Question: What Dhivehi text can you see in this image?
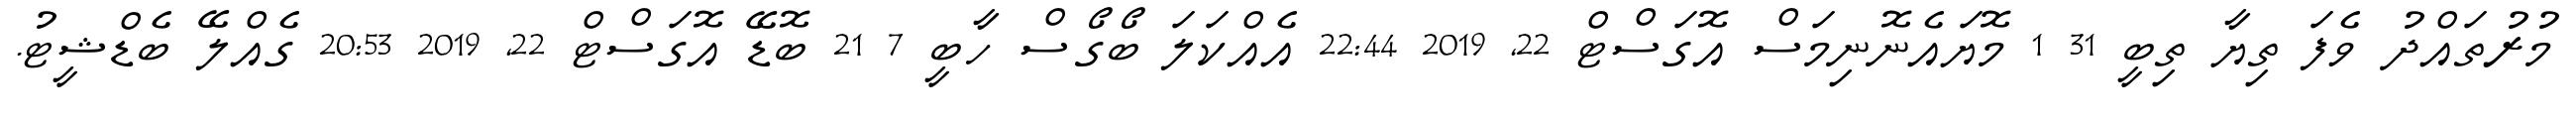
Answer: މުރުތައްދު ވެފަ ތިޔާ ތިބީ 31 1 މޮޔައެނޮނިމަސް އޮގަސްޓް 22, 2019 22:44 އެއްކަލަ ބޯގޯސް ހާބީ 7 21 ބޮޑޭ އޮގަސްޓް 22, 2019 20:53 ގެއްލޭ ބެޑްޝީޓު.